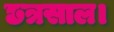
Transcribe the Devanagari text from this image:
छत्रसाल।